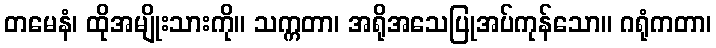
တမေနံ၊ ထိုအမျိုးသားကို။ သက္ကတာ၊ အရိုအသေပြုအပ်ကုန်သော။ ဂရုံကတာ၊